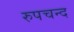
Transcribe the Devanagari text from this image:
रुपचन्द